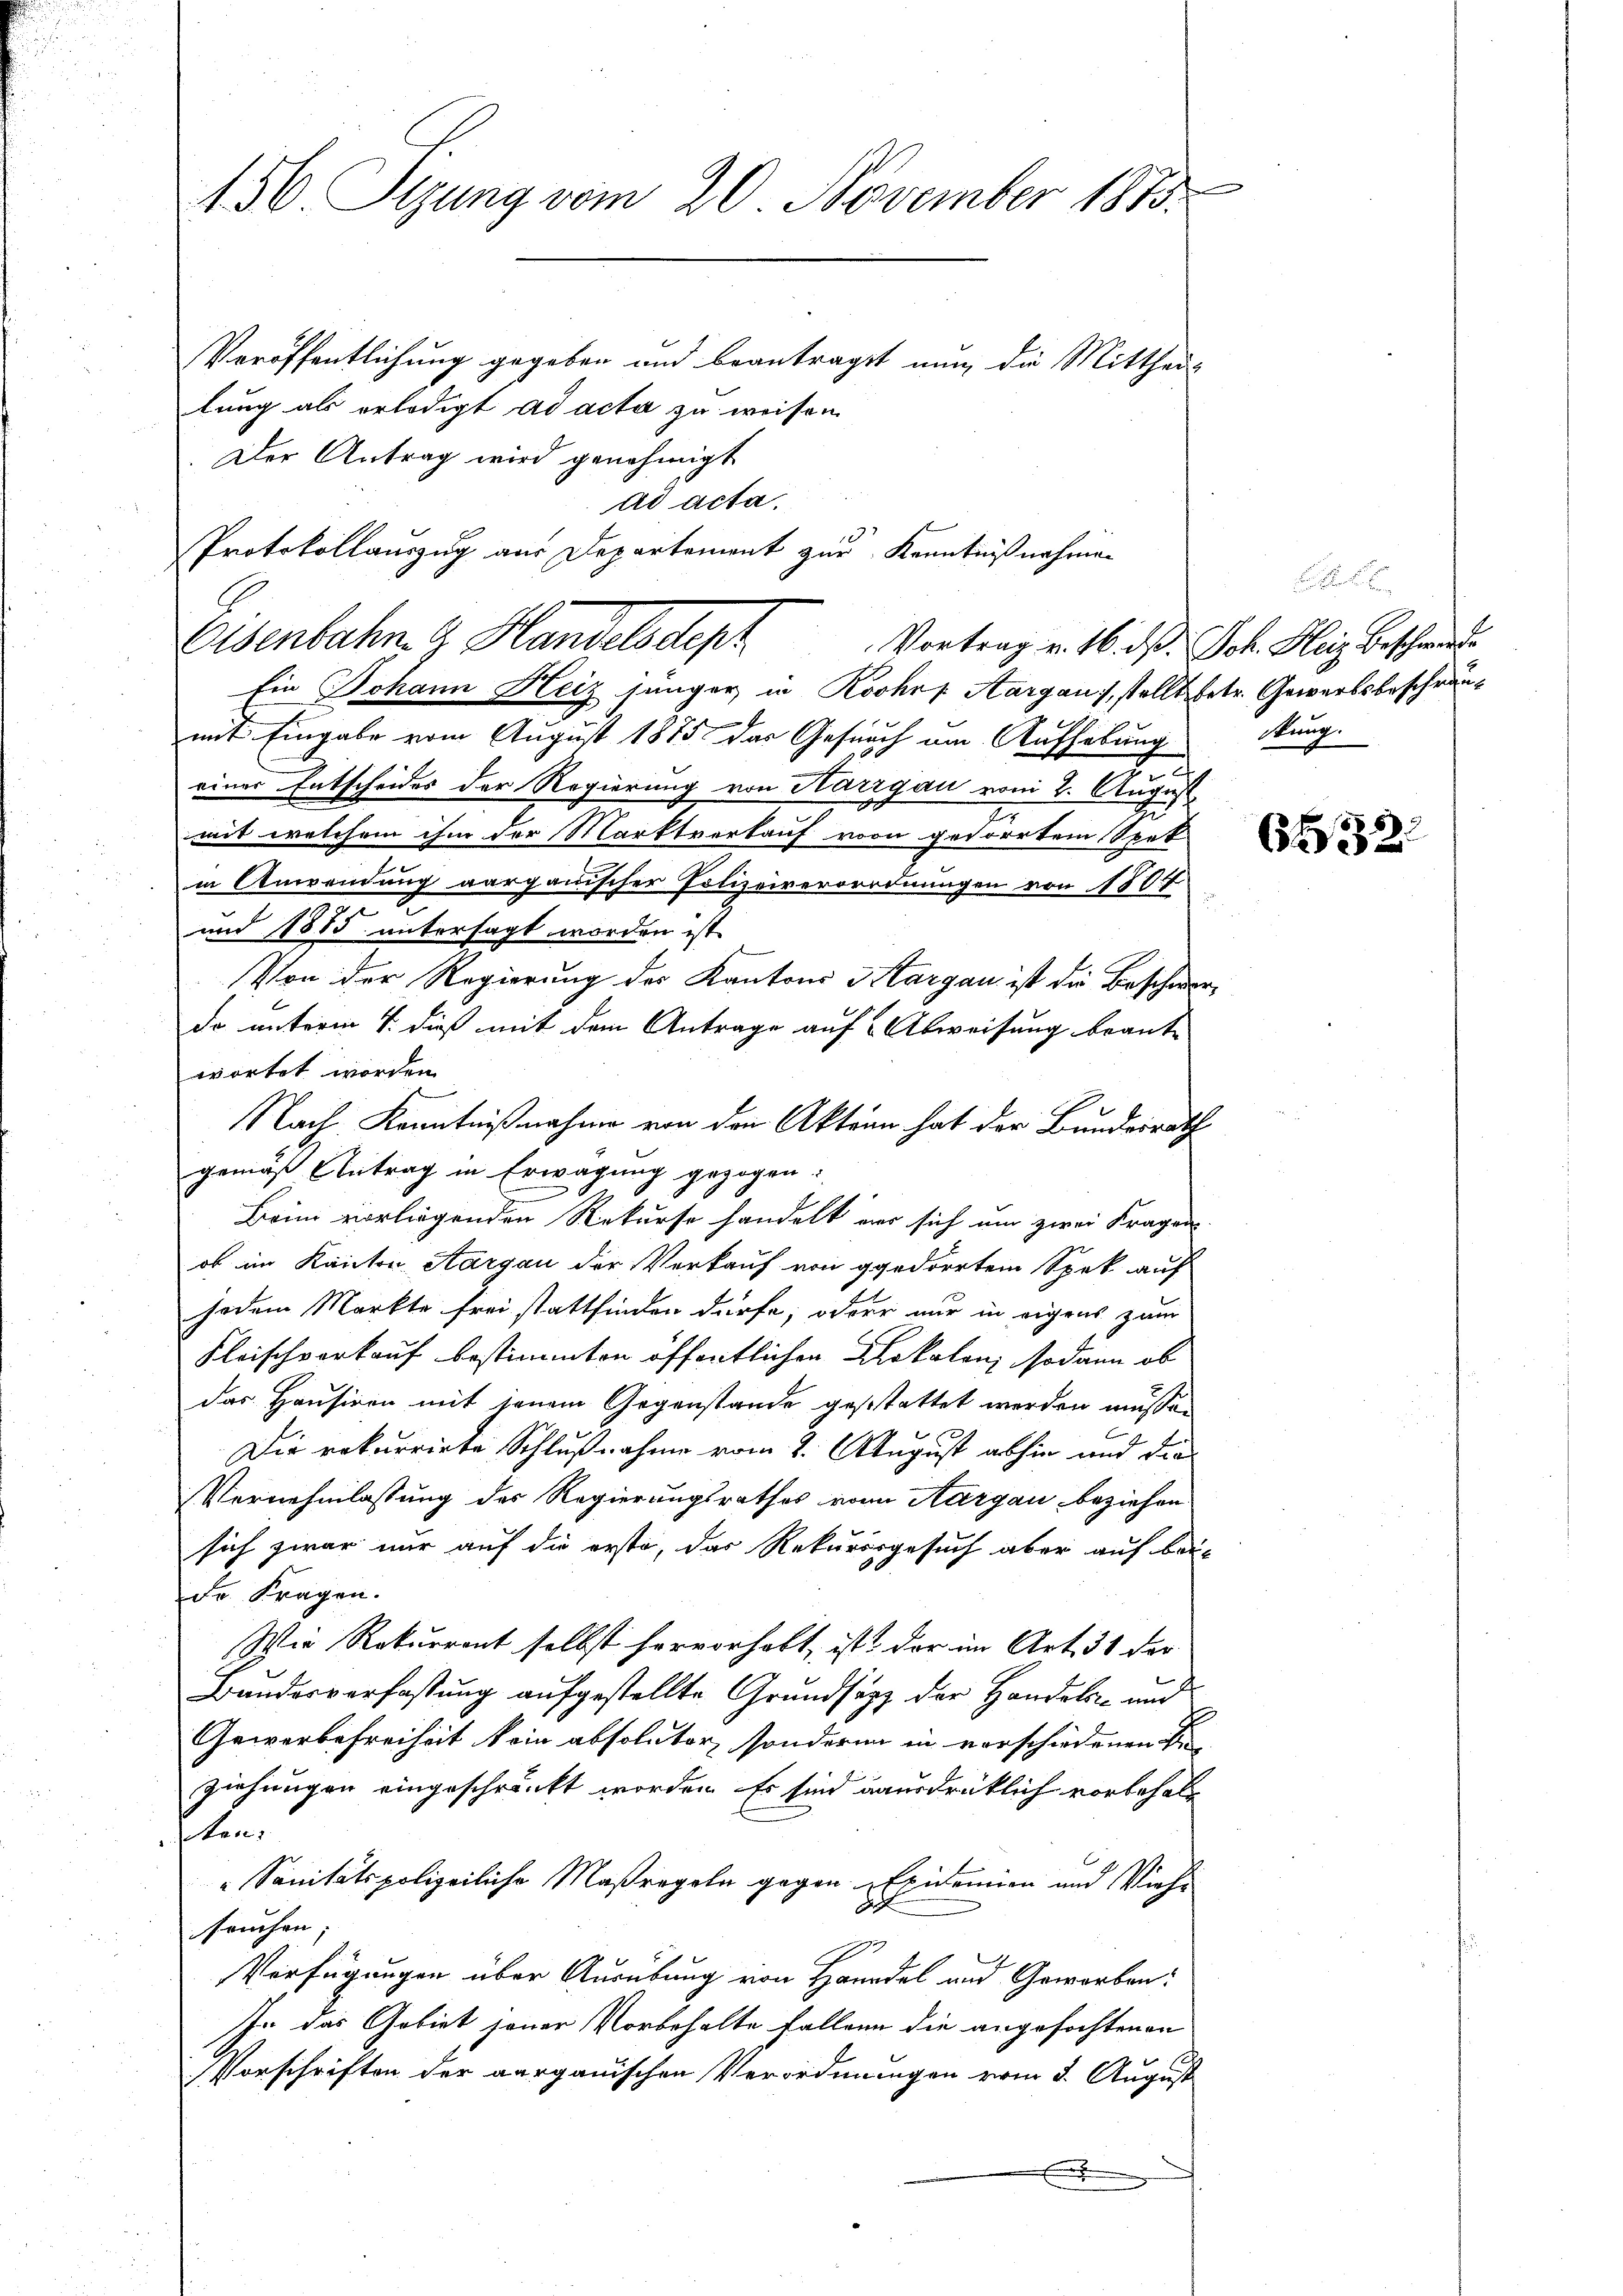
g
156 Sizung vom 20. November 1873.
Veröffentlichung gegeben und beantragst nun die Mittheil
lung als erledigt ad acta zu weisen.

Der Antrag wird genehmigt
Eisenbahn. G. Handelsdepr
Ein Johann Heiz jünger in Roshof Aargau, stellt betr. Gewerbsbeschränmit Eingabe vom August 1875 das Gesuch am Aufhebung
einer Entscheides der Regierung von Karrgau vom 2. August
mit welchem ihm der Marktverkauf von gedörrten Spek
in Anwendung aargauischer Polizeiverordnungen von 1807
und 1885 untersagt worden ist
Von der Regierung des Kantons Sargau ist die Beschworda unterm 4. dieß mit dem Antrage auf 2 Abweisung beant-
wortet worden.
Nach Kenntnißnahme von den Akten hat der Bundesrath
gemäß Antrag in Erwägung gezogen:
Brin vorliegenden Rekurse handelt war sich um zwei Fragen
ob im Kanton Aargau der Verkauf von gedörrten Spek auf
jedem Markte frei stattfinden dürfe, oder nur in eigens zum
Fleischverkauf bestimmten öffentlichen Clokalen; sodann ob
das Hausiren mit jenem Gegenstände gestattet werden müssen
Die rekurrirte Schlußnahme vom 8. August abhin und die
Vernehmlassung des Regierungsrathes von Aargau beziehen.
sich zwar nur auf die erste, das Rekursgesuch aber auf bei-
Dr. Fragen.
Wie Rekurront selbst hervorhobt, ist der im Art. 31 der
Banderverfassung aufgestellte Grundsatz der Handels und
Gewerbefreiheit kein absoluter, sondern in vorschiedenen S
ziehungen eingeschränkt worden. Es sind ausdrücklich vorbehalt
ten:
" Sanitätspolizeiliche Maßregeln gegen Epidemien und Viehe
sruchen;
Verfügungen über Ausübung von Handel und Geworben:
In das Gebiet jener Vorbehalte fallen die angefochtenen

Vorschriften der aargauischen Verordnungen vom 3. August
x

ad acta.
Protokollauszug aus Departement zur Kenntnißnahmen

Vortrag v. 16. ds. Joh. Heiz Beschwerde
stung.

632